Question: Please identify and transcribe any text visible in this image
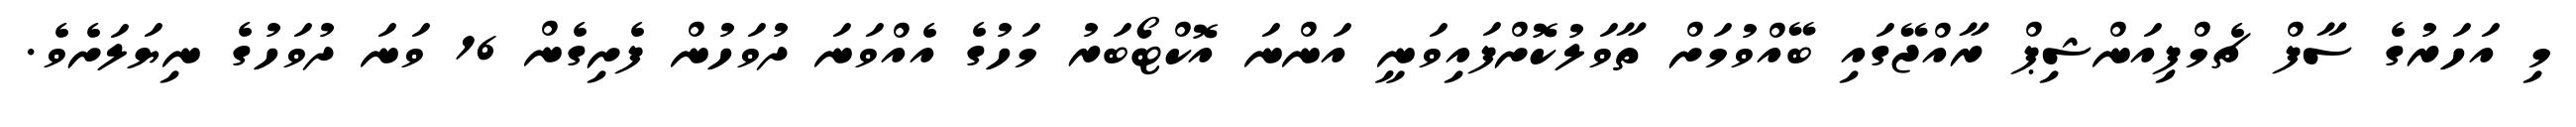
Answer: މި އަހަރުގެ ސާފް ޗެމްޕިއަންޝިޕް ރާއްޖޭގައި ބޭއްވުމަށް ތާވަލުކޮށްފައިވަނީ އަންނަ އޮކްޓޯބަރު މަހުގެ އެއްވަނަ ދުވަހުން ފެށިގެން 16 ވަނަ ދުވަހުގެ ނިޔަލަށެވެ.